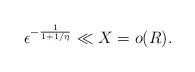
LaTeX: \begin{align*}\epsilon^{-\frac{1}{1+1/\eta}} \ll X = o(R).\end{align*}